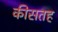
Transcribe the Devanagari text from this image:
कीसतह